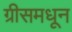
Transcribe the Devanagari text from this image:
ग्रीसमधून